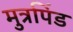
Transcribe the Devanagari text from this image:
मुत्रपिंड